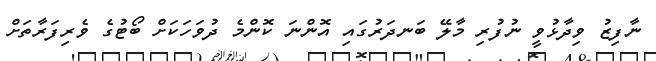
ނާފިޒު ވިދާޅުވީ ނުފުރި މާލޭ ބަނދަރުގައި އޮންނަ ކޮންމެ ދުވަހަކަށް ބޯޓުގެ ވެރިފަރާތަށް